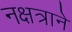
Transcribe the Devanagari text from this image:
नक्षत्राने